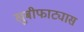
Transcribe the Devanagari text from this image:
खुबीफाट्यास